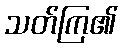
သတ်ကြ၏